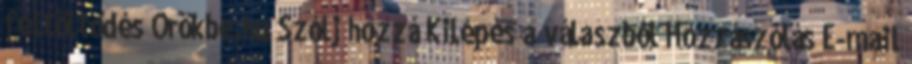
feltöltődés Örökbe.hu Szólj hozzá Kilépés a válaszból Hozzászólás E-mail